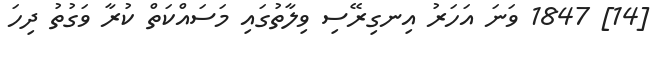
[14] 1847 ވަނަ އަހަރު އިނގިރޭސި ވިލާތުގައި މަސައްކަތް ކުރާ ވަގުތު ދިހަ